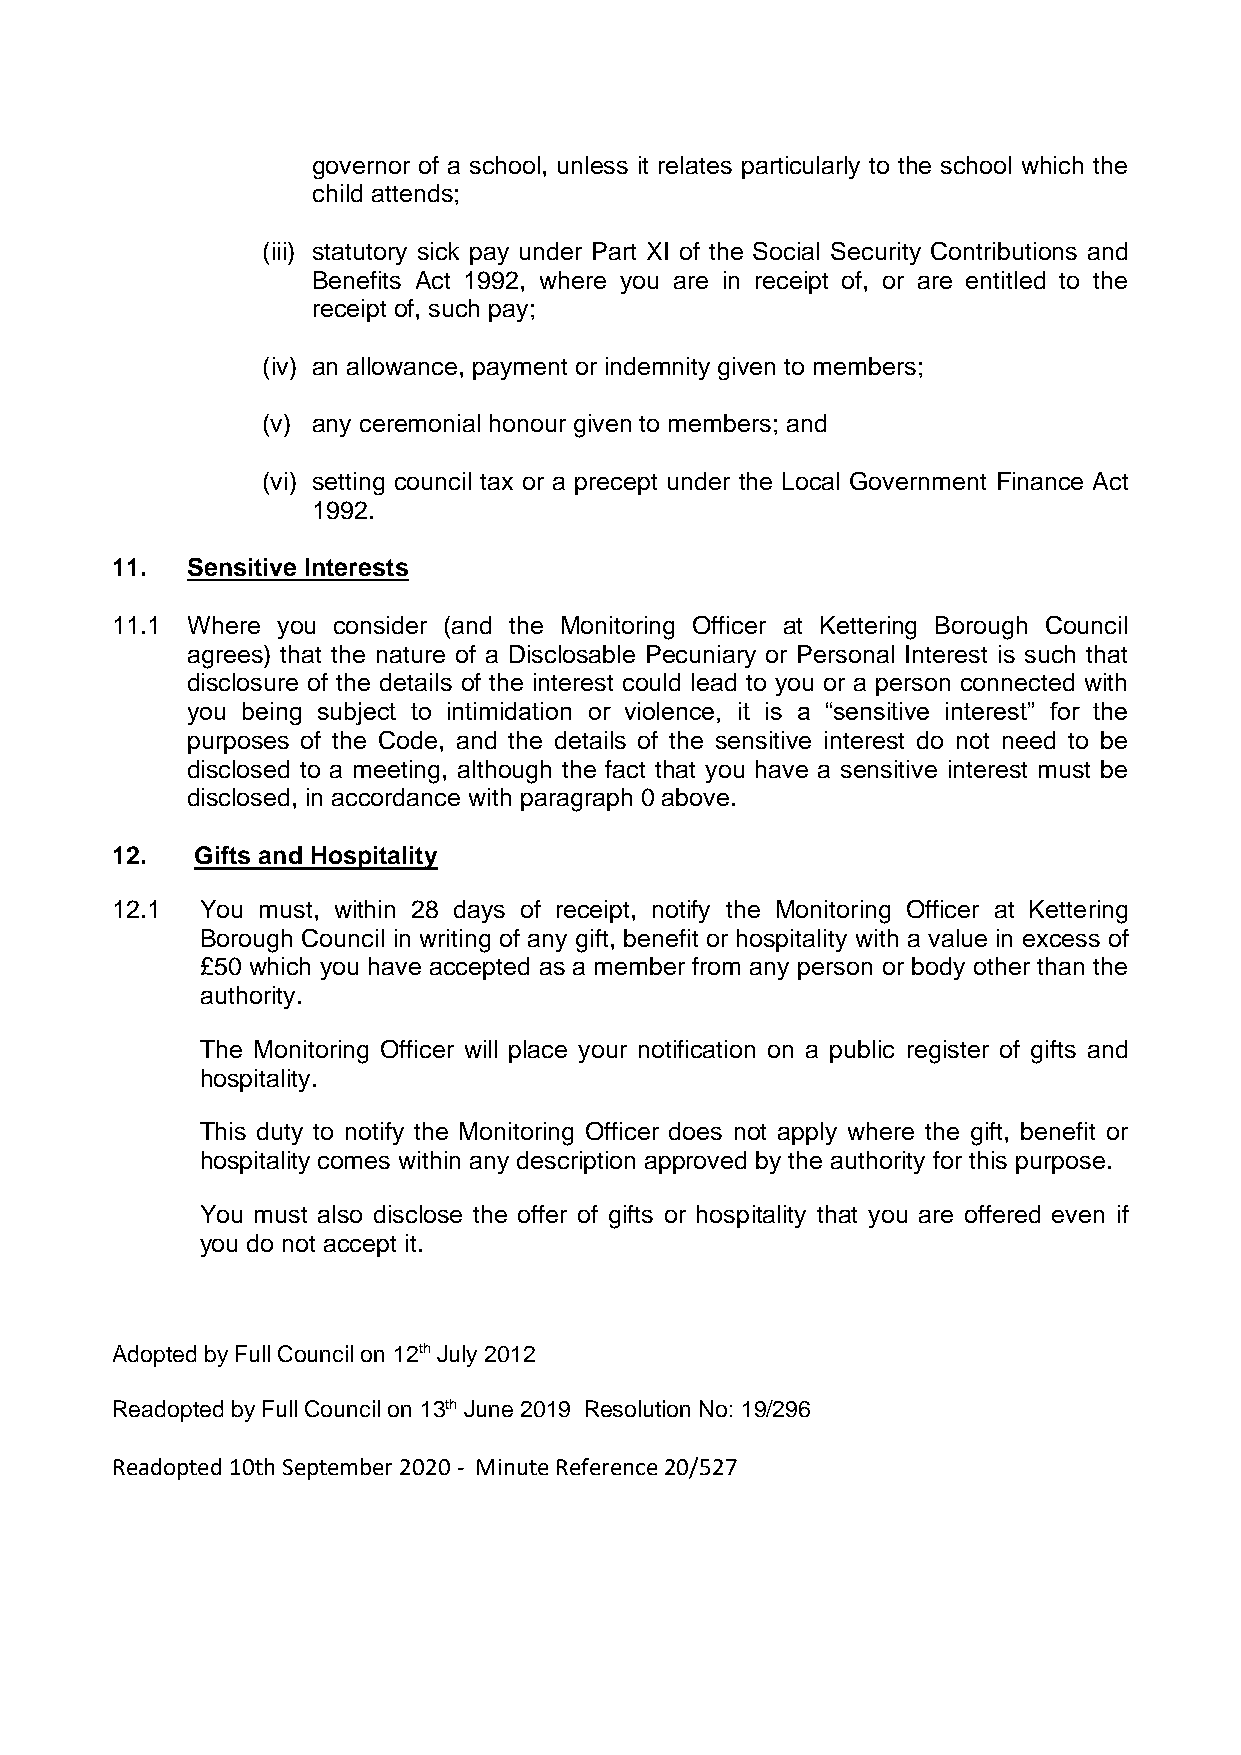
governor of a school, unless it relates particularly to the school which the
 child attends;
 (iii) statutory sick pay under Part XI of the Social Security Contributions and
 Benefits Act 1992, where you are in receipt of, or are entitled to the
 receipt of, such pay;
 (iv) an allowance, payment or indemnity given to members;
 (v) any ceremonial honour given to members; and
 (vi) setting council tax or a precept under the Local Government Finance Act
 1992.
 11.  Sensitive Interests
 11.1 Where you consider (and the Monitoring Officer at Kettering Borough Council
 agrees) that the nature of a Disclosable Pecuniary or Personal Interest is such that
 disclosure of the details of the interest could lead to you or a person connected with
 you being subject to intimidation or violence, it is a “sensitive interest” for the
 purposes of the Code, and the details of the sensitive interest do not need to be
 disclosed to a meeting, although the fact that you have a sensitive interest must be
 disclosed, in accordance with paragraph 0 above.
 12.   Gifts and Hospitality
 12.1  You must, within 28 days of receipt, notify the Monitoring Officer at Kettering
 Borough Council in writing of any gift, benefit or hospitality with a value in excess of
 £50 which you have accepted as a member from any person or body other than the
 authority.
 The Monitoring Officer will place your notification on a public register of gifts and
 hospitality.
 This duty to notify the Monitoring Officer does not apply where the gift, benefit or
 hospitality comes within any description approved by the authority for this purpose.
 You must also disclose the offer of gifts or hospitality that you are offered even if
 you do not accept it.
 Adopted by Full Council on 12th July 2012
 Readopted by Full Council on 13th June 2019 Resolution No: 19/296
 Readopted 10th September 2020 - Minute Reference 20/527